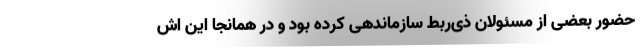
حضور بعضی از مسئولان ذی‌ربط سازماندهی کرده بود و در همانجا این اش